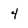
Character: 4